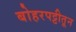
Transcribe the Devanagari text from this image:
बोहरपट्टीतून